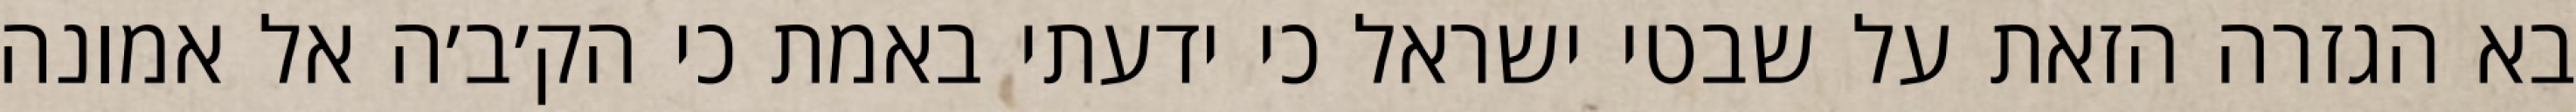
בא הגזרה הזאת על שבטי ישראל כי ידעתי באמת כי הק׳ב׳ה אל אמונה